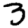
Digit: 3